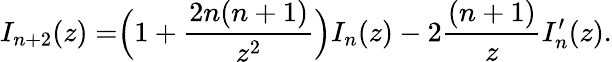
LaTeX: I_{n+2}(z)=\Bigr(1+{\frac{2n(n+1)}{z^{2}}}\Bigr)I_{n}(z)-2{\frac{(n+1)}{z}}I_{n}^{\prime}(z).